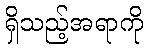
ရှိသည့်အရာကို